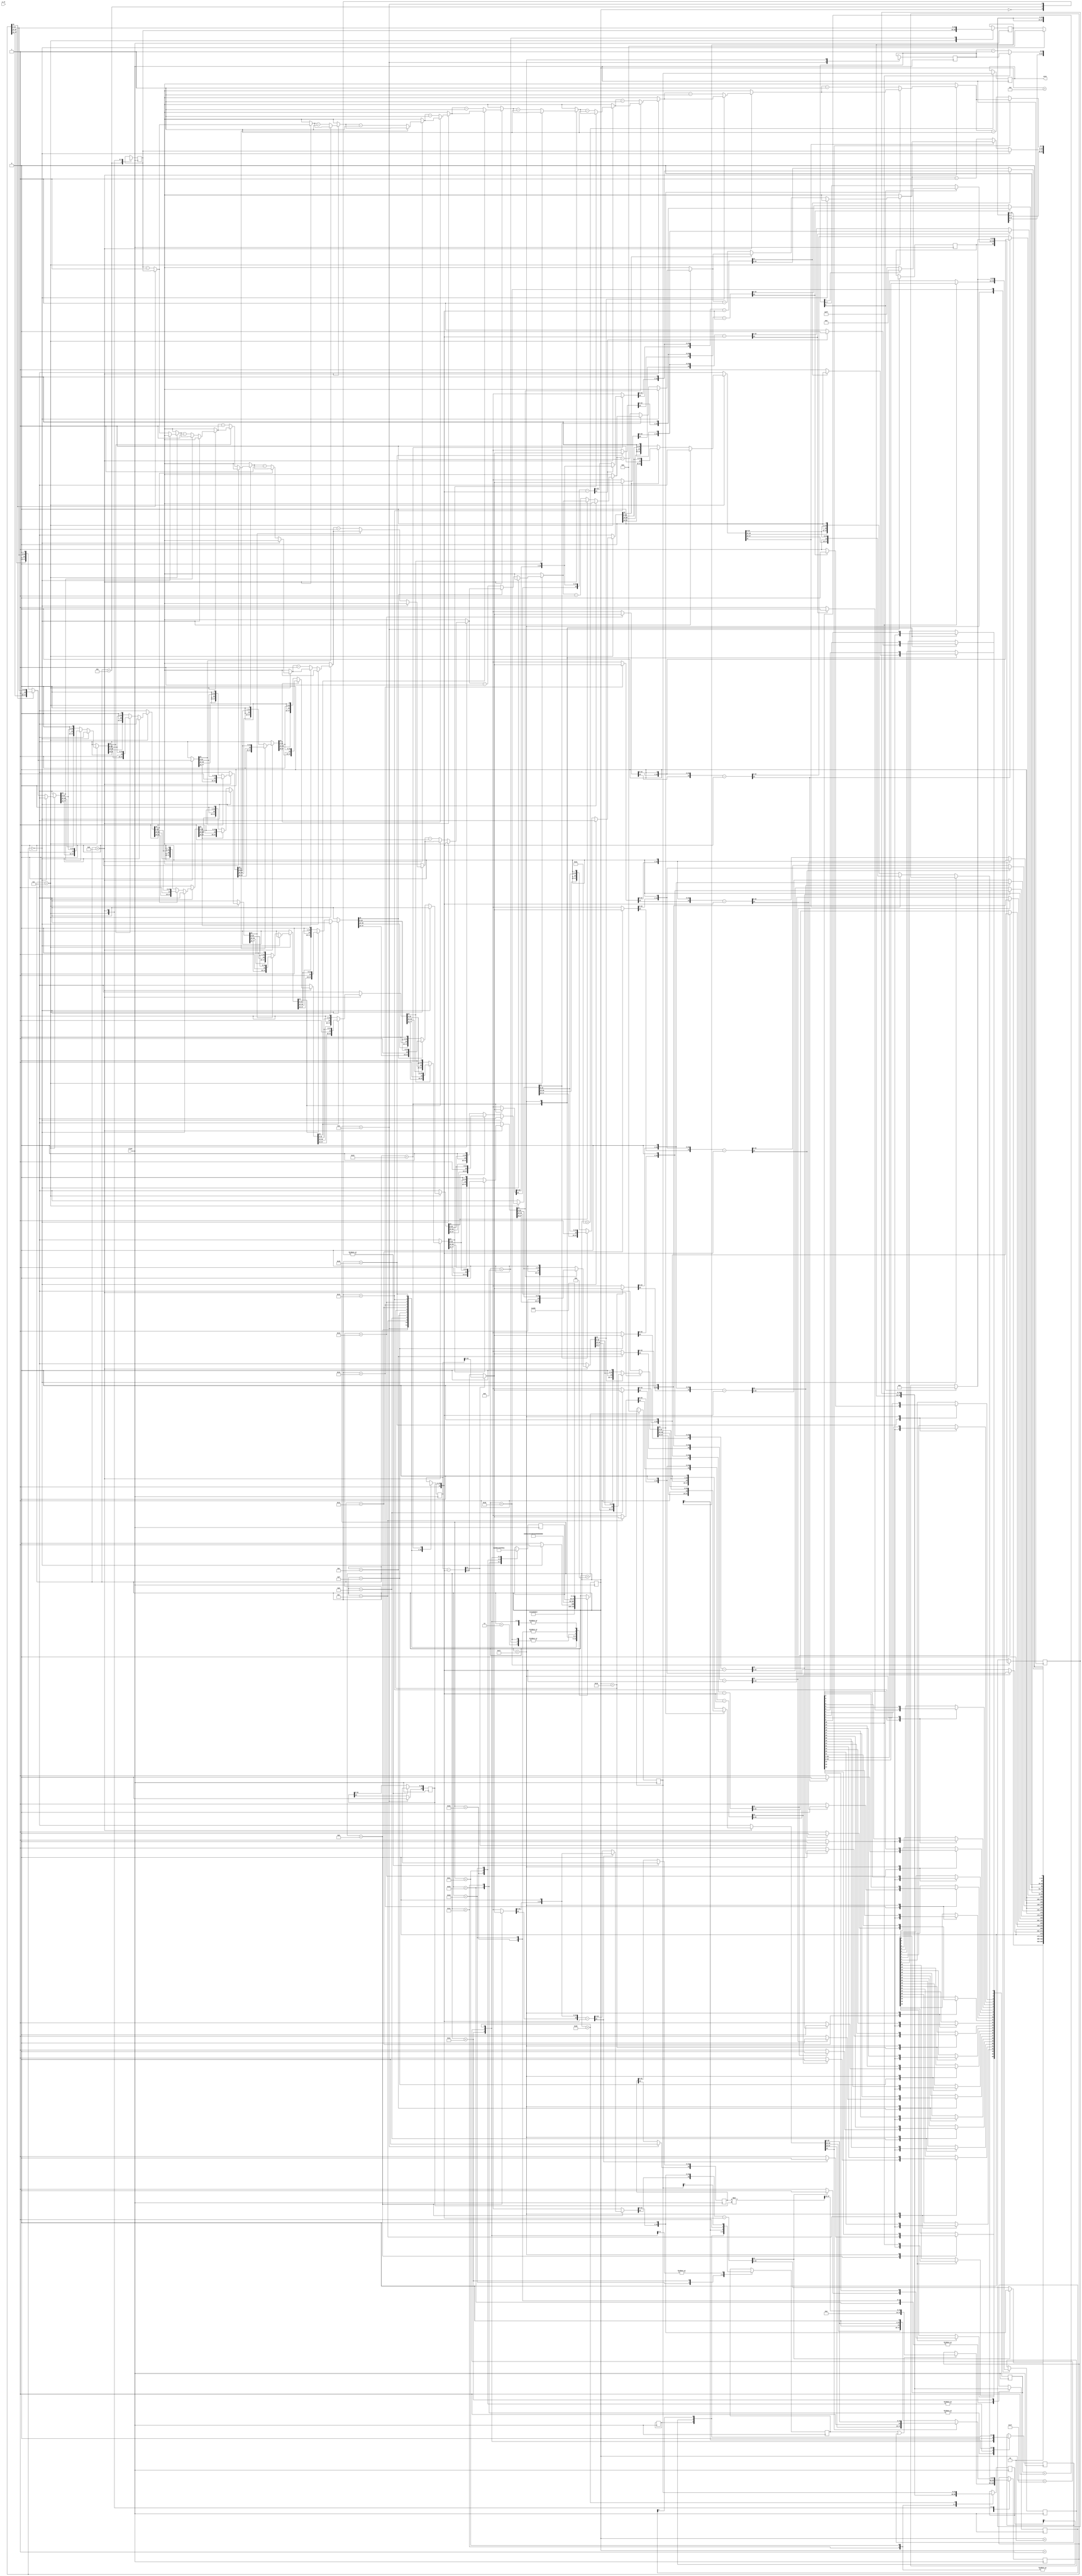
module Arccosine(
    input clock,
	input [31:0] a_in,
	output reg [31:0] acos
    );
	reg Input_1_sign, Input_2_sign, Adder_Float_sign, temp_sign;
    reg [7:0] Input_1_exp, Input_2_exp, Adder_Float_exp, Inputs_exp_diff;
    reg [23:0] Input_1_mnt, Input_2_mnt, Larger_Input_mnt, Smallerr_Input_mnt;
    reg [24:0] Adder_Float_mnt;
	reg Multiplier_Float_sign;
    reg [7:0]  Multiplier_Float_exp;
    reg [47:0] Multiplier_Float_mnt, temp_mnt;
	reg [22:0] Divider_Float_mnt;
    reg [7:0]  Divider_Float_exp;
    reg Divider_Float_sign;
    reg [24:0] partial_remainder, temp_remainder;
    reg [8:0] temp_exp; 
    reg [25:0] quotient;
	reg [31:0] Adder_Float, Subtractor_Float, Multiplier_Float, Divider_Float;
	
    reg [31:0] t1, t2, t3;

    integer i_for;
    
    reg [5:0] state = 'b11000;
    reg [5:0] temp_state;
    
    always @(posedge clock)
    begin
    case (state)
	'b0:
    begin
		//Breaking the inputs into sign, exponent and mantissa based on IEEE format
        Input_1_sign = Input_1[31];
        Input_2_sign = Input_2[31];
        Input_1_exp = Input_1[30:23];
        Input_2_exp = Input_2[30:23];
        Input_1_mnt[22:0] = a[22:0];
        Input_2_mnt[22:0] = b[22:0];
		//Comparing the input exponents to put the largest into the first operand
        if(Input_1_exp == Input_2_exp)
        begin
            Larger_Input_mnt = Input_1_mnt;
            Smallerr_Input_mnt = Input_2_mnt;
            Adder_Float_exp = Input_1_exp + 1'b1;
            Adder_Float_sign = Input_1_sign;
        end
        else if(Input_1_exp > Input_2_exp)
        begin
            Inputs_exp_diff = Input_1_exp - Input_2_exp;
            Larger_Input_mnt = Input_1_mnt;
            Smallerr_Input_mnt = Input_2_mnt >> Inputs_exp_diff; //Adjusting the mantissa
            Adder_Float_exp = Input_1_exp + 1'b1;
            Adder_Float_sign = Input_1_sign;
        end
        else
        begin
            Inputs_exp_diff = Input_2_exp - Input_1_exp;
            Larger_Input_mnt = Input_2_mnt;
            Smallerr_Input_mnt = Input_1_mnt >> Inputs_exp_diff; //Adjusting the mantissa
            Adder_Float_exp = Input_2_exp + 1'b1;
            Adder_Float_sign = Input_2_sign;
        end
		//XOR signs to see what the actual operation is (addition or subtraction)
        temp_sign = Input_1_sign ^ Input_2_sign;
        state = 'b1;
    end
    'b1:
    begin
        if(temp_sign == 0) //Actual operation is addition
        begin
			Adder_Float_mnt = Larger_Input_mnt + Smallerr_Input_mnt;
			Adder_Float_sign = Input_1_sign;
        end
        else			   //Actual operation is addition
        begin
			if(Larger_Input_mnt >= Smallerr_Input_mnt)
				Adder_Float_mnt = Larger_Input_mnt - Smallerr_Input_mnt;
			else
				Adder_Float_mnt = Smallerr_Input_mnt - Larger_Input_mnt;
        end
		//Setting output sign based on th einputs sign and their value
        if(Input_1_sign == 0 && Input_2_sign == 0)				//Both inputs are positive
			Adder_Float_sign = 1'b0;
        else if (Input_1_sign == 1 && Input_2_sign == 1)		//Both inputs are negative
			Adder_Float_sign = 1'b1;
        else if (Input_1_sign == 0 && Input_2_sign == 1)		//Inputs with different signs
        begin
			if(Input_1_exp < Input_2_exp || ((Input_1_exp == Input_2_exp) && (Input_1_mnt < Input_2_mnt)))
				Adder_Float_sign = 1'b1;						//Second input is larger and negative
			else
				Adder_Float_sign = 1'b0;						//Second input is smaller and negative
        end 
        else
        begin
			if(Input_1_exp < Input_2_exp || ((Input_1_exp == Input_2_exp) && (Input_1_mnt < Input_2_mnt)))
				Adder_Float_sign = 1'b0;						//First input is larger and negative
			else
				Adder_Float_sign = 1'b1;						//First input is smaller and negative
        end
        state = 'b10;
    end
    'b10:
    begin
		//Normalizing the results for the defined leading "1" in IEEE format
		//Shifting left the mantissa and adjussting the expont while the last bit is "0"
        for(i_for = 0; i_for < 12; i_for = i_for + 1)
            if (Adder_Float_mnt[24] == 0)
            begin
                Adder_Float_mnt = Adder_Float_mnt << 1;
                Adder_Float_exp = Adder_Float_exp - 1;
            end
        state = 'b11;
    end
    'b11:
    begin
		//Normalizing the results for the defined leading "1" in IEEE format
		//Shifting left the mantissa and adjussting the expont while the last bit is "0"
        for(i_for = 12; i_for < 24; i_for = i_for + 1)
            if (Adder_Float_mnt[24] == 0)
            begin
                Adder_Float_mnt = Adder_Float_mnt << 1;
                Adder_Float_exp = Adder_Float_exp - 1;
            end
        if(a[30:0] == 31'b0)
            Adder_Float = Input_2[31:0];
        else if (Input_2[30:0] == 31'b0)
            Adder_Float = Input_1[31:0];
        else
            Adder_Float = {Adder_Float_sign, Adder_Float_exp, Adder_Float_mnt[23:1]};
			state = temp_state;
    end
	'b100:
	begin
		//Checking special cases for skipping the addition if possible
		if (Input_2[30:0] == 31'b0)
		begin
			Subtractor_Float = Input_1[31:0];
		end
		else if(Input_1[31:0] == Input_2[31:0])
		begin
			Subtractor_Float = 32'b0;
		end
		else
		begin
			Input_2[31:0] ={{!Input_2[31]}, {Input_2[30:0]}};
			state = 'b0;
		end
	end
	'b101:
    begin
		//Breaking the inputs into sign, exponent and mantissa based on IEEE format
        Input_1_sign = Input_1[31];
        Input_2_sign = Input_2[31]; 
        Input_1_exp = Input_1[30:23];
        Input_2_exp = Input_2[30:23];
        Input_1_mnt[22:0] = Input_1[22:0];
        Input_2_mnt[22:0] = Input_2[22:0];
		// +1 is for taking into account the leading zeros, 
		// - 126 is -127 + 1
        Multiplier_Float_exp = Input_1_exp + Input_2_exp;
        Multiplier_Float_exp = Multiplier_Float_exp - 8'b01111110;		
        state = 'b110;
    end
    'b110:
    begin
        if (Input_1 != 0 || Input_2 != 0)
        begin
            temp_mnt = Input_1_mnt * Input_2_mnt;	//Mantissa multiplicaiton
            Multiplier_Float_mnt = temp_mnt[47:24];
        end
        state = 'b111;
    end
    'b111:
    begin
        if(Multiplier_Float_mnt == 0)
        begin
            Multiplier_Float = 32'b0;
			//Skip multiplication to the end
            state = 'b1001;
        end
        else
        begin
            //Normalizing the results for the defined leading "1" in IEEE format
			//Shifting left the mantissa and adjussting the expont while the last bit is "0"
            for(i_for = 0; i_for < 12; i_for = i_for + 1)
                if(Multiplier_Float_mnt[23] == 0)
                begin
                    Multiplier_Float_mnt = Multiplier_Float_mnt << 1;
                    Multiplier_Float_exp = Multiplier_Float_exp - 1;
                end
            state = 'b1000;
        end
    end
    'b1000:
    begin
        //Normalizing the results for the defined leading "1" in IEEE format
		//Shifting left the mantissa and adjussting the expont while the last bit is "0"
        for(i_for = 12; i_for < 23; i_for = i_for + 1)
            if (Multiplier_Float_mnt[23] == 0)
            begin
                Multiplier_Float_mnt = Multiplier_Float_mnt << 1;
                Multiplier_Float_exp = Multiplier_Float_exp - 1;
            end
        state = 'b1001;
    end
    'b1001:
    begin
        Multiplier_Float_sign = Input_1_sign ^ Input_2_sign;	//Sign Calculation
        if(Input_1[30:0] == 31'b0 || Input_2[30:0] == 31'b0) 	//If any of inputs is 0, output is 0
            Multiplier_Float = 32'b0;
        else
            Multiplier_Float = {sign, Multiplier_Float_exp, Multiplier_Float_mnt[22:0]};
			state = temp_state;
    end
	'b1010:
    begin
		//Breaking the inputs into sign, exponent and mantissa based on IEEE format
        Input_1_mnt = Input_1[22:0];
        Input_1_exp = Input_1[30:23];
        Input_1_sign = Input_1[31];
        Input_2_mnt = Input_2[22:0];
        Input_2_exp = Input_2[30:23];
        Input_2_sign = Input_2[31];
		
        Divider_Float_sign = Input_1_sign ^ Input_2_sign;	//Sign calculation
		
		//Checking special cases to skip the rest of steps if possible
        if(Input_2_exp == 255)								//Division by infinity
        begin
            Divider_Float_exp = 'b0;
            Divider_Float_mnt = 'b0;
        end
        else if(Input_2_exp == 0 || Input_1_exp == 255)		//Division by zero, Division of infinity
        begin
            Divider_Float_exp = 'b11111111;
            Divider_Float_mnt = 'b0;
        end
        else
        begin
            temp_exp = {{1'b0}, Input_1_exp} - {{1'b0}, Input_2_exp} + 127;
        end
		//Mantissa division is conducted using restoring algorithm for unsigned binary nyumbers
        partial_remainder = {{2'b01}, Input_1_mnt};			//leading "1"
        i_for = 25;
        state = 'b1011;
    end
    'b1011: 
    begin  
		//Normalizing the results for the defined leading "1" in IEEE format
		//Shifting left the mantissa and adjussting the expont while the last bit is "0"
        for(i_for = 25; i_for >= 23; i_for = i_for - 1)
        begin
            temp_remainder = partial_remainder - {{2'b01}, Input_2_mnt};
            if(temp_remainder[24] == 1'b0)
            begin 
                quotient[i_for] = 1'b1;
                partial_remainder = temp_remainder;
            end
            else
            begin
                quotient[i_for] = 1'b0;
            end 
            partial_remainder = {{partial_remainder[23:0]}, {1'b0}};
        end
        state = 'b1100;
    end
    'b1100:
    begin  
		//Normalizing the results for the defined leading "1" in IEEE format
		//Shifting left the mantissa and adjussting the expont while the last bit is "0"
        for(i_for = 22; i_for >= 21; i_for = i_for - 1)
        begin
            temp_remainder = partial_remainder - {{2'b01}, Input_2_mnt};
            if(temp_remainder[24] == 1'b0)
            begin 
                quotient[i_for] = 1'b1;
                partial_remainder = temp_remainder;
            end
            else
            begin
                quotient[i_for] = 1'b0;
            end 
            partial_remainder = {{partial_remainder[23:0]}, {1'b0}};
        end
        state = 'b1101;
    end
    'b1101:
    begin 
		//Normalizing the results for the defined leading "1" in IEEE format
		//Shifting left the mantissa and adjussting the expont while the last bit is "0"
        for(i_for = 20; i_for >= 19; i_for = i_for - 1)
        begin
            temp_remainder = partial_remainder - {{2'b01}, Input_2_mnt};
            if(temp_remainder[24] == 1'b0)
            begin 
                quotient[i_for] = 1'b1;
                partial_remainder = temp_remainder;
            end
            else
            begin
                quotient[i_for] = 1'b0;
            end 
            partial_remainder = {{partial_remainder[23:0]}, {1'b0}};
        end
        state = 'b1110;
    end    
    'b1110:
    begin
		//Normalizing the results for the defined leading "1" in IEEE format
		//Shifting left the mantissa and adjussting the expont while the last bit is "0"
        for(i_for = 18; i_for >= 17; i_for = i_for - 1)
        begin
            temp_remainder = partial_remainder - {{2'b01}, Input_2_mnt};
            if(temp_remainder[24] == 1'b0)
            begin 
                quotient[i_for] = 1'b1;
                partial_remainder = temp_remainder;
            end
            else
            begin
                quotient[i_for] = 1'b0;
            end 
            partial_remainder = {{partial_remainder[23:0]}, {1'b0}};
        end
        state = 'b1111;
    end
    'b1111:
    begin 
		//Normalizing the results for the defined leading "1" in IEEE format
		//Shifting left the mantissa and adjussting the expont while the last bit is "0"
        for(i_for = 16; i_for >= 15; i_for = i_for - 1)
        begin
            temp_remainder = partial_remainder - {{2'b01}, Input_2_mnt};
            if(temp_remainder[24] == 1'b0)
            begin 
                quotient[i_for] = 1'b1;
                partial_remainder = temp_remainder;
            end
            else
            begin
                quotient[i_for] = 1'b0;
            end 
            partial_remainder = {{partial_remainder[23:0]}, {1'b0}};
        end
        state = 'b10000;
    end
    'b10000: 
    begin 
		//Normalizing the results for the defined leading "1" in IEEE format
		//Shifting left the mantissa and adjussting the expont while the last bit is "0"
        for(i_for = 14; i_for >= 13; i_for = i_for - 1)
        begin
            temp_remainder = partial_remainder - {{2'b01}, Input_2_mnt};
            if(temp_remainder[24] == 1'b0)
            begin 
                quotient[i_for] = 1'b1;
                partial_remainder = temp_remainder;
            end
            else
            begin
                quotient[i_for] = 1'b0;
            end 
            partial_remainder = {{partial_remainder[23:0]}, {1'b0}};
        end
        state = 'b10001;
    end  
    'b10001:
    begin 
		//Normalizing the results for the defined leading "1" in IEEE format
		//Shifting left the mantissa and adjussting the expont while the last bit is "0"
        for(i_for = 12; i_for >= 11; i_for = i_for - 1)
        begin
            temp_remainder = partial_remainder - {{2'b01}, Input_2_mnt};
            if(temp_remainder[24] == 1'b0)
            begin 
                quotient[i_for] = 1'b1;
                partial_remainder = temp_remainder;
            end
            else
            begin
                quotient[i_for] = 1'b0;
            end 
            partial_remainder = {{partial_remainder[23:0]}, {1'b0}};
        end
        state = 'b10010;
    end
    'b10010: 
    begin 
		//Normalizing the results for the defined leading "1" in IEEE format
		//Shifting left the mantissa and adjussting the expont while the last bit is "0"
        for(i_for = 10; i_for >= 9; i_for = i_for - 1)
        begin
            temp_remainder = partial_remainder - {{2'b01}, Input_2_mnt};
            if(temp_remainder[24] == 1'b0)
            begin 
                quotient[i_for] = 1'b1;
                partial_remainder = temp_remainder;
            end
            else
            begin
                quotient[i_for] = 1'b0;
            end 
            partial_remainder = {{partial_remainder[23:0]}, {1'b0}};
        end
        state = 'b10011;
    end
    'b10011:
    begin 
		//Normalizing the results for the defined leading "1" in IEEE format
		//Shifting left the mantissa and adjussting the expont while the last bit is "0"
        for(i_for = 8;i_for >= 7;i_for = i_for - 1)
        begin
            temp_remainder = partial_remainder - {{2'b01}, Input_2_mnt};
            if(temp_remainder[24] == 1'b0)
            begin 
                quotient[i_for] = 1'b1;
                partial_remainder = temp_remainder;
            end
            else
            begin
                quotient[i_for] = 1'b0;
            end 
            partial_remainder = {{partial_remainder[23:0]}, {1'b0}};
        end
        state = 'b10100;
    end    
    'b10100:
    begin
		//Normalizing the results for the defined leading "1" in IEEE format
		//Shifting left the mantissa and adjussting the expont while the last bit is "0"
        for(i_for = 6;i_for >= 5;i_for = i_for - 1)
        begin
            temp_remainder = partial_remainder - {{2'b01}, Input_2_mnt};
            if(temp_remainder[24] == 1'b0 )
            begin 
                quotient[i_for] = 1'b1;
                partial_remainder = temp_remainder;
            end
            else
            begin
                quotient[i_for] = 1'b0;
            end 
            partial_remainder = {{partial_remainder[23:0]}, {1'b0}};
        end
        state = 'b10101;
    end
    'b10101:
    begin  
		//Normalizing the results for the defined leading "1" in IEEE format
		//Shifting left the mantissa and adjussting the expont while the last bit is "0"
        for(i_for = 4;i_for >= 3;i_for = i_for - 1)
        begin
            temp_remainder = partial_remainder - {{2'b01}, Input_2_mnt};
            if ( temp_remainder[24]==1'b0 )
            begin 
                quotient[i_for]=1'b1;
                partial_remainder = temp_remainder;
            end
            else
            begin
                quotient[i_for]=1'b0;
            end 
            partial_remainder = {{partial_remainder[23:0]}, {1'b0}};
        end
        state = 'b10110;
    end
    'b10110:
    begin  
		//Normalizing the results for the defined leading "1" in IEEE format
		//Shifting left the mantissa and adjussting the expont while the last bit is "0"
        for(i_for = 2; i_for >= 0; i_for = i_for - 1)
        begin
            temp_remainder = partial_remainder - {{2'b01}, Input_2_mnt};
            if(temp_remainder[24]==1'b0 )
            begin 
                quotient[i_for] = 1'b1;
                partial_remainder = temp_remainder;
            end
            else
            begin
                quotient[i_for]=1'b0;
            end 
            partial_remainder = {{partial_remainder[23:0]}, {1'b0}};
        end
        state = 'b10111;
    end
    'b10111:
    begin
        quotient = quotient + 1;		//round to nearest even
        if(quotient[25] == 1'b1)
        begin 
            Divider_Float_mnt = quotient[24:2];
        end
        else
        begin
            Divider_Float_mnt = quotient[23:1];
            temp_exp = temp_exp - 1;
        end
        state = 'b11000;
    end
    'b11000:
    begin
        if(temp_exp[8] == 1'b1)
        begin
            if(temp_exp[7] == 1'b1)		//underflow
            begin
                Divider_Float_exp = 'b0;
                Divider_Float_mnt = 'b0;
            end
            else						//overflow
            begin
                Divider_Float_exp = 'b11111111;
                Divider_Float_mnt = 'b0;
            end
        end    
        else
        begin
            Divider_Float_exp = temp_exp[7:0];
        end
        Divider_Float[31:0] = {{Divider_Float_sign}, {Divider_Float_exp}, {Divider_Float_mnt}};
		state = temp_state;
    end
	
    'b11000: //acos
    begin
        //t1 = Multiplier_Float(x, x);
        Input_1 = a_in; 
        Input_2 = a_in;
        a_tmp = a_in;
        state = 'b101; //Multiplier
        temp_state = 'b11001;  
    end
    'b11001:
    begin
        t1 = Multiplier_Float;
        //t2 = Multiplier_Float(t1, x); // x^3
        Input_1 = a_tmp;
        Input_2 = t1;
        state = 'b101; //Multiplier
        temp_state = 'b11010; 
    end
    'b11010:
    begin
        t2 = Multiplier_Float;
        //t1 = Multiplier_Float(t1, t2); //x^5
        Input_1 = t1;
        Input_2 = t2;
        state = 'b101; //Multiplier
        temp_state = 'b11011; 
    end
    'b11011:
    begin
        t1 = Multiplier_Float;
        //t2 = Divider_Float(t2,32'b01000000110000000000000000000000); //x^3 / 6
        Input_1 = t2; 
        Input_2 = 32'b01000000110000000000000000000000;
        state = 'b1010; //Divider
        temp_state = 'b11100; 
    end
    'b11100:
    begin
        t2 = Divider_Float;
        //t1 = Multiplier_Float(t1,32'b01000000010000000000000000000000); //x^5 * 3
        Input_1 = t1; 
        Input_2 = 32'b01000000010000000000000000000000;
        state = 'b101; //Multiplier
        temp_state = 'b11101; 
    end
    'b11101:
    begin
        t1 = Multiplier_Float;
        //t1 = Divider_Float(t1,32'b01000010001000000000000000000000); //3 * x^5 / 40
        Input_1 = t1;
        Input_2 = 32'b01000010001000000000000000000000;
        state = 'b1010; //Divider
        temp_state = 'b11110;
    end
    'b11110:
    begin
        t1 = Divider_Float;
        //t3 = Subtractor_Float(32'b00111111110010001111010111000011,x); //pi/2 - x
        Input_1 = 32'b00111111110010001111010111000011;
        Input_2 = a_tmp;
        state = 'b101; //Subtractor
        temp_state = 'b11111;
    end
    'b11111:
    begin
        t3 = Subtractor_Float;
        //t2 = Subtractor_Float(t3, t2); //pi/2 - x - x^3 / 6 
        Input_1 = t3;
        Input_2 = t2;
        state = 'b101; //Subtractor
        temp_state = 'b100000;
    end
    'b100000:
    begin
        t2 = Subtractor_Float;
        //acos = Subtractor_Float(t2, t1); //pi/2 - x - x^3 / 6  -3 * x^5 / 40 
        Input_1 = t2;
        Input_2 = t1;
        state = 'b101; //Subtractor
        temp_state = 'b100001;
    end
    'b100001:
    begin
        acos = Subtractor_Float;
    end
    endcase
    end //always
endmodule